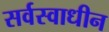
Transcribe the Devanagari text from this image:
सर्वस्वाधीन